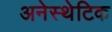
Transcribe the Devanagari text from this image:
अनेस्थेटिक